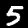
Label: 5